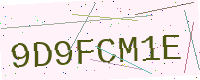
Text: 9D9FCM1E